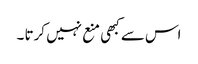
اس سے کبھی منع نہیں کرتا ۔